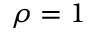
\rho = 1